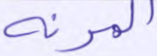
المرنة